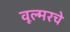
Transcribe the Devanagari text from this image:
वूल्मरचे